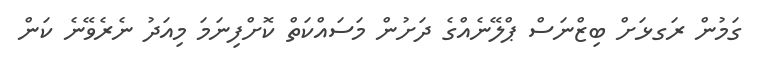
ގަމުން ރަގޅަށް ބިޒްނަސް ޕްލޭނެއްގެ ދަށުން މަސައްކަތް ކޮށްފިނަމަ މިއަދު ނެރެވޭނެ ކަން